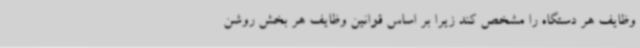
وظایف هر دستگاه را مشخص کند زیرا بر اساس قوانین وظایف هر بخش روشن